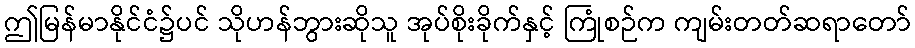
ဤမြန်မာနိုင်ငံ၌ပင် သိုဟန်ဘွားဆိုသူ အုပ်စိုးခိုက်နှင့် ကြုံစဉ်က ကျမ်းတတ်ဆရာတော်